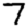
Digit: 7